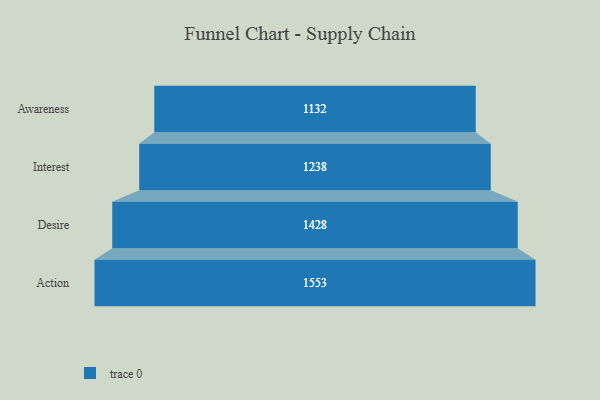
{"axis": {"x": "Stage", "y": "Value"}, "legend": [""], "data": [{"x": "Awareness", "y": 1132.0, "type": ""}, {"x": "Interest", "y": 1238.0, "type": ""}, {"x": "Desire", "y": 1428.0, "type": ""}, {"x": "Action", "y": 1553.0, "type": ""}]}